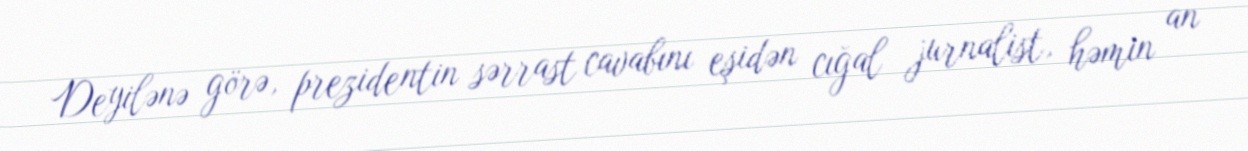
Deyilənə görə, prezidentin sərrast cavabını eşidən cığal jurnalist, həmin an